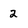
Character: 2